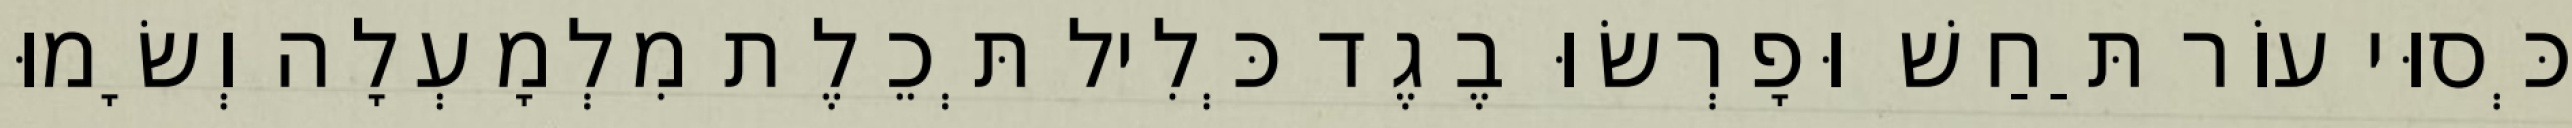
כְּסוּי עוֹר תַּחַשׁ וּפָרְשׂוּ בֶגֶד כְּלִיל תְּכֵלֶת מִלְמָעְלָה וְשָׂמוּ